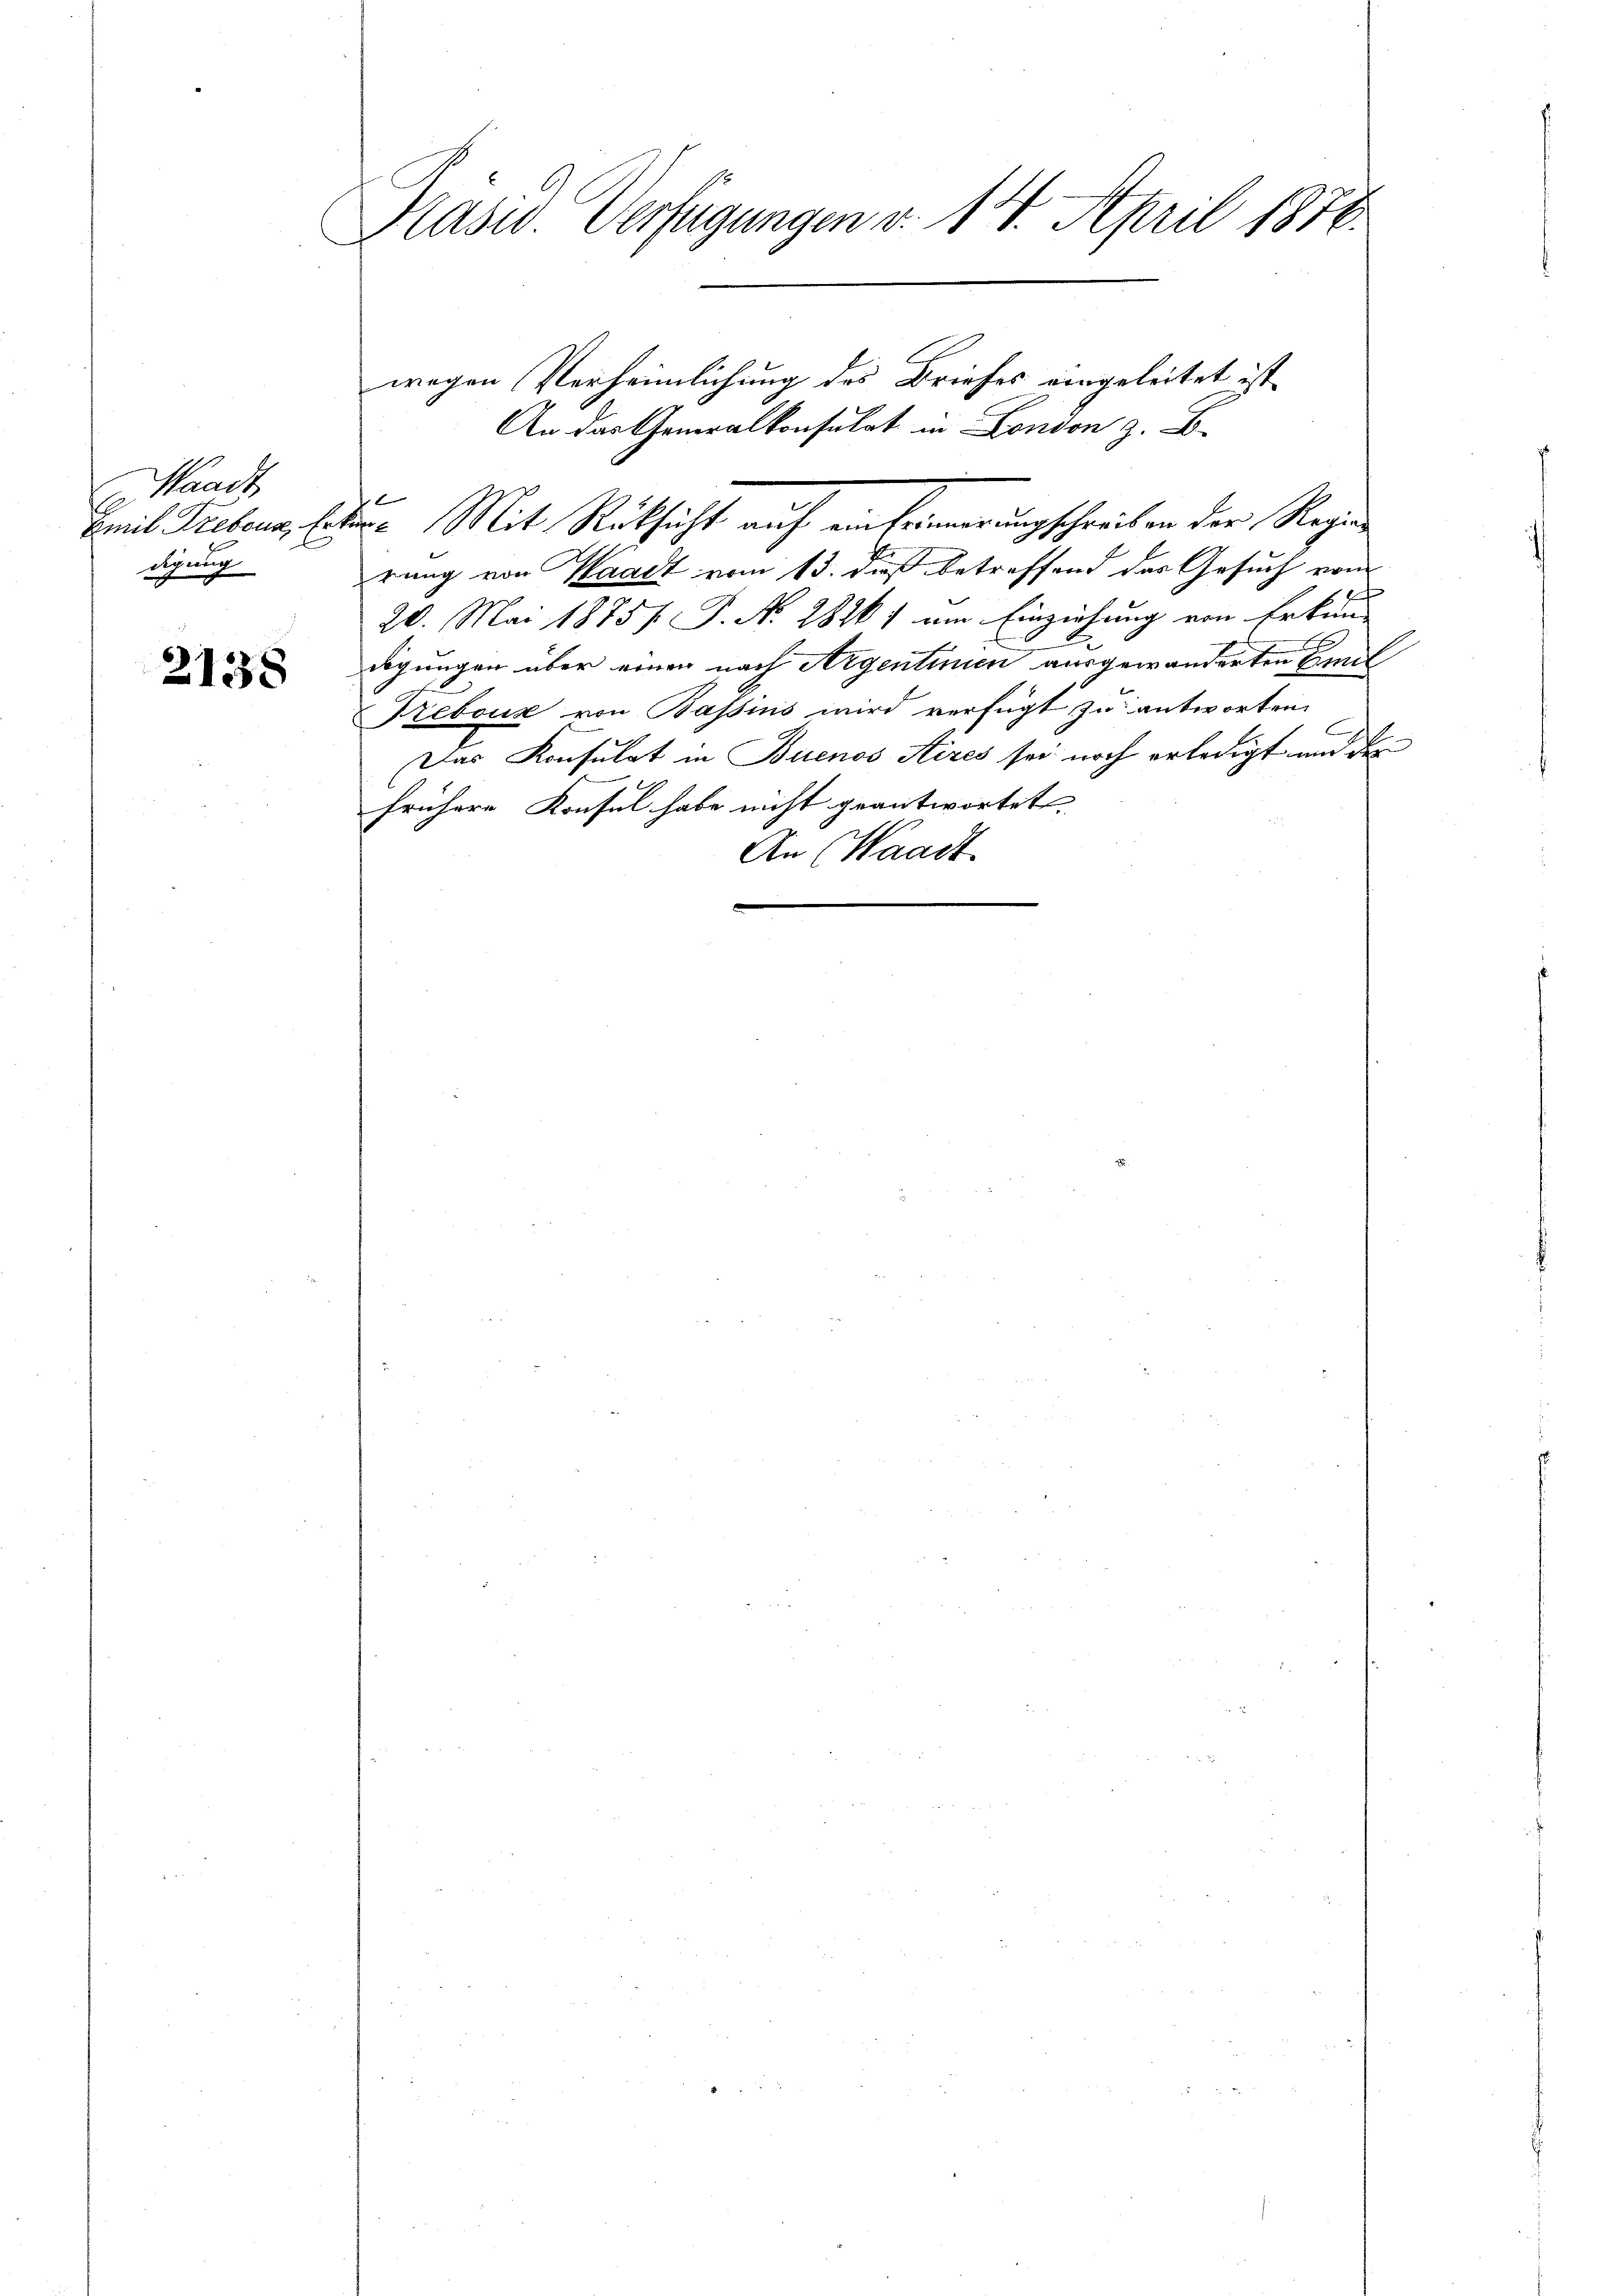
aadt
Emil Trebour, Erdigung

2138

Präsid. Verfügungen v. 14. April 1850.

f
de. Mit Rüksicht auf einfeinerungschreiben der Regier
rung von Waadt vom 13. daß betreffend das Gesuch vom
20. Mai 1875 f. J. N. 281) am Einziehung von Erkun
G
digungen über einen nach Argentinien ausgewanderten Emil
Febouz von Bassins wird verfügt zu antworten.
Das Konsulat in Buenos Aires sei noch erledigt und de
frühere Konsul habe nicht geantwortet.
An Waadt

wegen Verheimlichung des Briefes eingeleitet ist.
An das Generalkonsulat in London z. B.